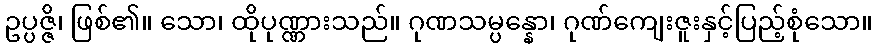
ဥပ္ပဇ္ဇိ၊ ဖြစ်၏။ သော၊ ထိုပုဏ္ဏားသည်။ ဂုဏသမ္ပန္နော၊ ဂုဏ်ကျေးဇူးနှင့်ပြည့်စုံသော။